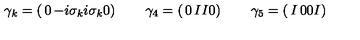
\gamma _ { k } = \left( \begin{matrix} { 0 } & { - i \sigma _ { k } } \\ { i \sigma _ { k } } & { 0 } \\ \end{matrix} \right) \qquad \gamma _ { 4 } = \left( \begin{matrix} { 0 } & { I } \\ { I } & { 0 } \\ \end{matrix} \right) \qquad \gamma _ { 5 } = \left( \begin{matrix} { I } & { 0 } \\ { 0 } & { I } \\ \end{matrix} \right)